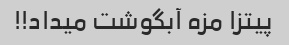
پیتزا مزه آبگوشت میداد!!